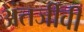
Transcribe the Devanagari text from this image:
अंतर्जीवी